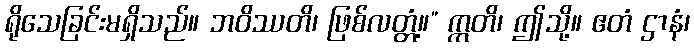
ရိုသေခြင်းမရှိသည်။ ဘဝိဿတိ၊ ဖြစ်လတ္တံ့။” ဣတိ၊ ဤသို့။ ဧတံ ဌာနံ၊